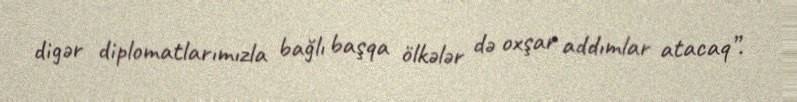
digər diplomatlarımızla bağlı başqa ölkələr də oxşar addımlar atacaq”.